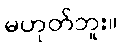
မဟုတ်ဘူး။